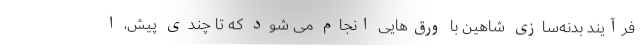
فرآیند بدنه‌سازی شاهین با ورق‌هایی انجام می شود که تا چندی پیش، ا